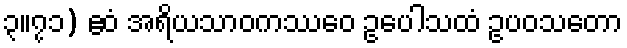
၃။၇၁) ဧဝံ အရိယသာဝကဿေဝ ဥပေါသထံ ဥပဝသတော